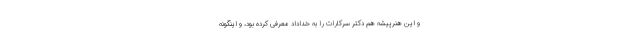
و این هنرپیشه هم دکتر سرکارات را به خداداد معرفی کرده بود، و اینگونه